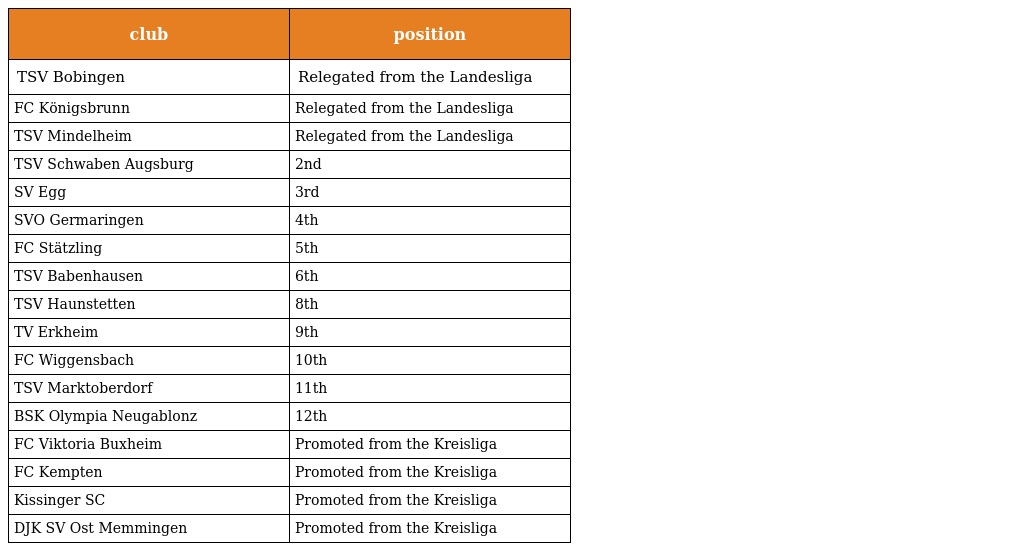
| club | position |
 | --- | --- |
 | TSV Bobingen | Relegated from the Landesliga |
 | FC Königsbrunn | Relegated from the Landesliga |
 | TSV Mindelheim | Relegated from the Landesliga |
 | TSV Schwaben Augsburg | 2nd |
 | SV Egg | 3rd |
 | SVO Germaringen | 4th |
 | FC Stätzling | 5th |
 | TSV Babenhausen | 6th |
 | TSV Haunstetten | 8th |
 | TV Erkheim | 9th |
 | FC Wiggensbach | 10th |
 | TSV Marktoberdorf | 11th |
 | BSK Olympia Neugablonz | 12th |
 | FC Viktoria Buxheim | Promoted from the Kreisliga |
 | FC Kempten | Promoted from the Kreisliga |
 | Kissinger SC | Promoted from the Kreisliga |
 | DJK SV Ost Memmingen | Promoted from the Kreisliga |